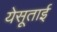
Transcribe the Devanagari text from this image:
येसूताई